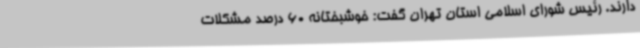
دارند. رئیس شورای اسلامی استان تهران گفت: خوشبختانه 60 درصد مشکلات